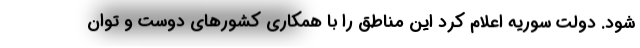
شود. دولت سوریه اعلام کرد این مناطق را با همکاری کشورهای دوست و توان